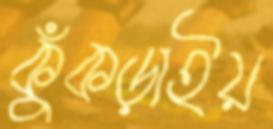
কুঁকড়াইয়